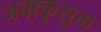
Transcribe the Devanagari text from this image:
जबाकुसुम